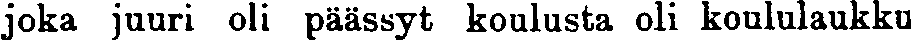
joka juuri oli päässyt koulusta oli koululaukku